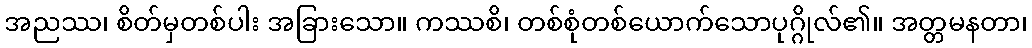
အညဿ၊ စိတ်မှတစ်ပါး အခြားသော။ ကဿစိ၊ တစ်စုံတစ်ယောက်သောပုဂ္ဂိုလ်၏။ အတ္တမနတာ၊